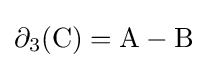
\partial _{3}(\mathrm {C} )=\mathrm {A} -\mathrm {B}